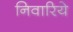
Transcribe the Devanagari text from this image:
निवारिये